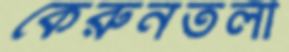
কেরুনতলী